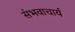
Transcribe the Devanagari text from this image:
संभवाचार्य